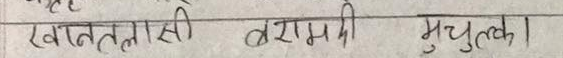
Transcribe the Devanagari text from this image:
खाततलासी वराम्नी मुचुकुला।